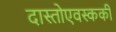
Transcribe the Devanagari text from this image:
दास्तोएवस्ककी